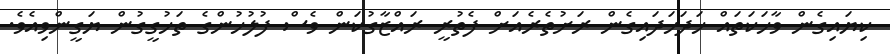
ކިޔައިގެން ވާހަކަތައް ހަދަހަދައިގެން ރަށުތެރެއަށް ފެތުރީ ރައްޒާގުކަން ވެސް ފުލުހުންގެ ތަހުގީގުން ޔަގީންވިއެވެ.